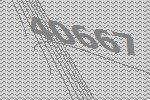
40667